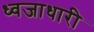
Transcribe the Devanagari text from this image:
ध्वजाधारी